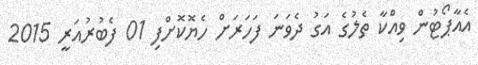
އެއާޕޯޓުން ވިއްކާ ތެލުގެ އަގު ދެވަނަ ފަހަރަށް ހެޔޮކޮށްފި 01 ފެބުރުއަރީ 2015